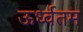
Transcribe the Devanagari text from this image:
ऊर्ध्वतम